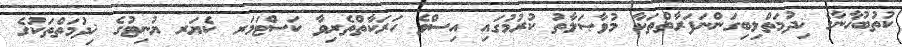
ކުތުބުޚާނާގެ ޚިދުމަތްލިބިގަންނަފަރާތްތަކާ މުވާޞަލާތު ކުރުމުގައި އިސްވެ ހަރަކާތްތެރިވާ ކަސްޓަމަރ ކެޔަރ ޔުނިޓުގެ ޚިދުމަތްތަކުގެ